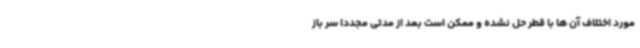
مورد اختلاف آن ها با قطر حل نشده و ممکن است بعد از مدتی مجددا سر باز